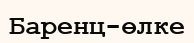
Баренц-өлке